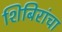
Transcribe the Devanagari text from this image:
शिबिरांचा